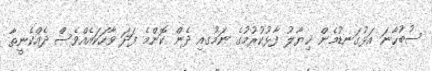
ސުބުހާނަ އަޅުގަނޑުމެން ޚިޔާލު ފާޅުކުރުމުގެ ނަމުގއި ދެން ކޮންމެ ފަދަ ވާހަކައެއްވެސް ދެއްކެނީތާ